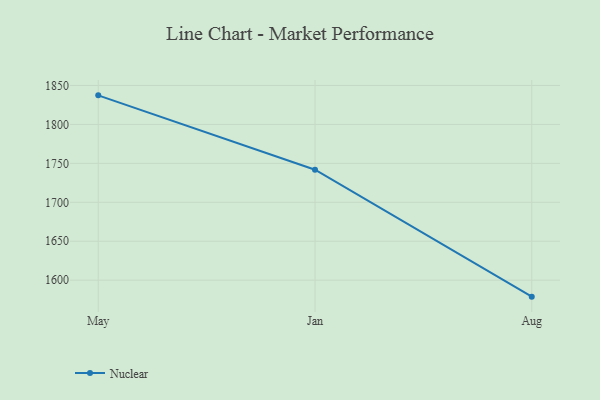
{"axis": {"x": "Month", "y": "Website Visitors"}, "legend": ["Nuclear"], "data": [{"x": "May", "y": 1837.3, "type": "Nuclear"}, {"x": "Jan", "y": 1741.8, "type": "Nuclear"}, {"x": "Aug", "y": 1578.9, "type": "Nuclear"}]}